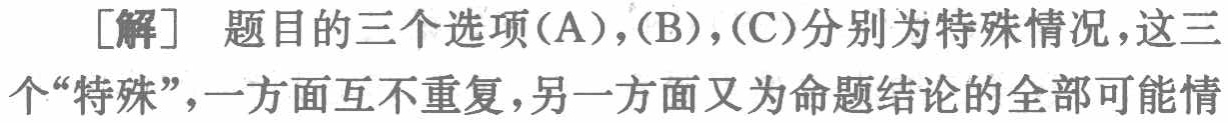
[解] 题目的三个选项(A)，(B)，(C)分别为特殊情况，这三个“特殊”，一方面互不重复，另一方面又为命题结论的全部可能情